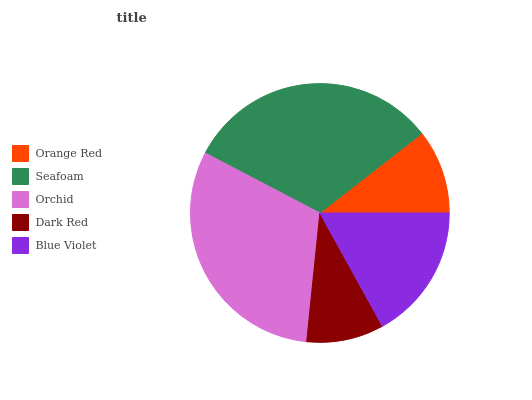
| Orange Red | Seafoam | Orchid | Dark Red | Blue Violet |
 | --- | --- | --- | --- | --- |
 | 10.5% | 31.8% | 31% | 9.64% | 17% |